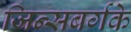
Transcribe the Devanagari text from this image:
जिन्सबर्गके